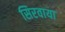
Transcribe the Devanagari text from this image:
सिरवाया